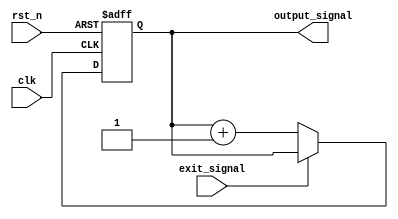
module repeat_loop (
    input wire clk,
    input wire rst_n,         // Active-low reset
    input wire exit_signal,   // Signal to exit the loop
    output reg [7:0] output_signal // Example output signal
);

    // Initialization
    initial begin
        output_signal = 8'b0; // Set initial output
    end

    always @(posedge clk or negedge rst_n) begin
        if (!rst_n) begin
            output_signal <= 8'b0; // Reset output on reset signal
        end else if (!exit_signal) begin
            // Repeat loop processing
            // Example operation: Increment output_signal
            output_signal <= output_signal + 1;

            // Additional operations can be added here
            // ...
        end else begin
            // Graceful exit from the loop
            output_signal <= output_signal; // Maintain last value
        end
    end

endmodule